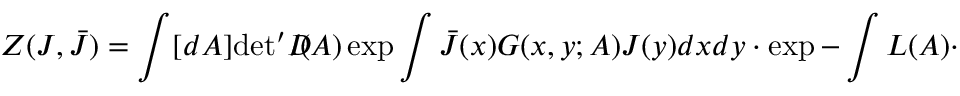
Z ( J , \bar { J } ) = \int [ d A ] \mathrm { d e t } ^ { \prime } D \! \! \! \! / ( A ) \exp \int \bar { J } ( x ) G ( x , y ; A ) J ( y ) d x d y \cdot \exp - \int { \cal L } ( A ) \cdot